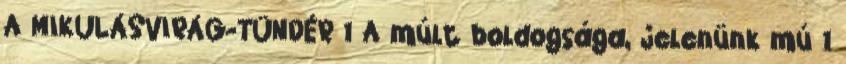
A MIKULÁSVIRÁG-TÜNDÉR 1 A múlt boldogsága, jelenünk mú 1